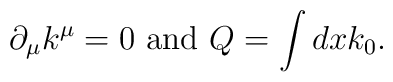
\partial _{\mu }k^{\mu }=0\textrm{ and }Q=\int dxk_{0}.